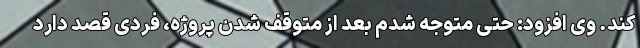
کند. وی افزود: حتی متوجه شدم بعد از متوقف شدن پروژه، فردی قصد دارد